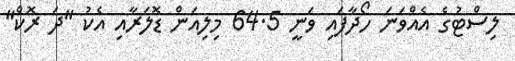
ލިސްޓުގެ އެއްވަނަ ހޯދާފައި ވަނީ 64.5 މިލިއަން ޑޮލަރާއި އެކު "ދަ ރޮކް"